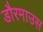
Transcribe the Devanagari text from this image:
डौरमाउस